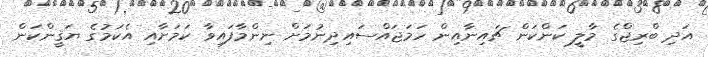
އަދި ބްރިޖްގެ މާލީ ކަންކަން ޗައިނާއިން ހަމަޖައްސައިދިނުމަށް ނިންމާފައިވާ ކަމަށާއި އެކަމުގެ ޔަޤީންކަން